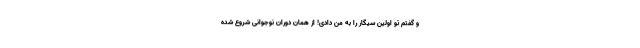
و گفتم تو اولین سیگار را به من دادی! از همان دوران نوجوانی شروع شده